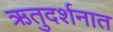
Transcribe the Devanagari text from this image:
ऋतुदर्शनात